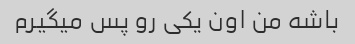
باشه من اون یکی رو پس میگیرم